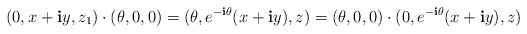
\begin{align*}(0,x+\mathbf{i}y,z_1) \cdot (\theta,0,0)= (\theta, e^{-\mathbf{i}\theta} (x+\mathbf{i}y) , z )=(\theta,0,0)\cdot(0,e^{-\mathbf{i}\theta} (x+\mathbf{i}y),z)\end{align*}